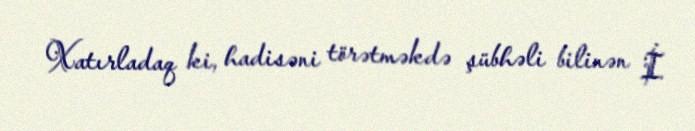
Xatırladaq ki, hadisəni törətməkdə şübhəli bilinən İ.